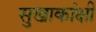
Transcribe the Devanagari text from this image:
सुखाकांक्षी